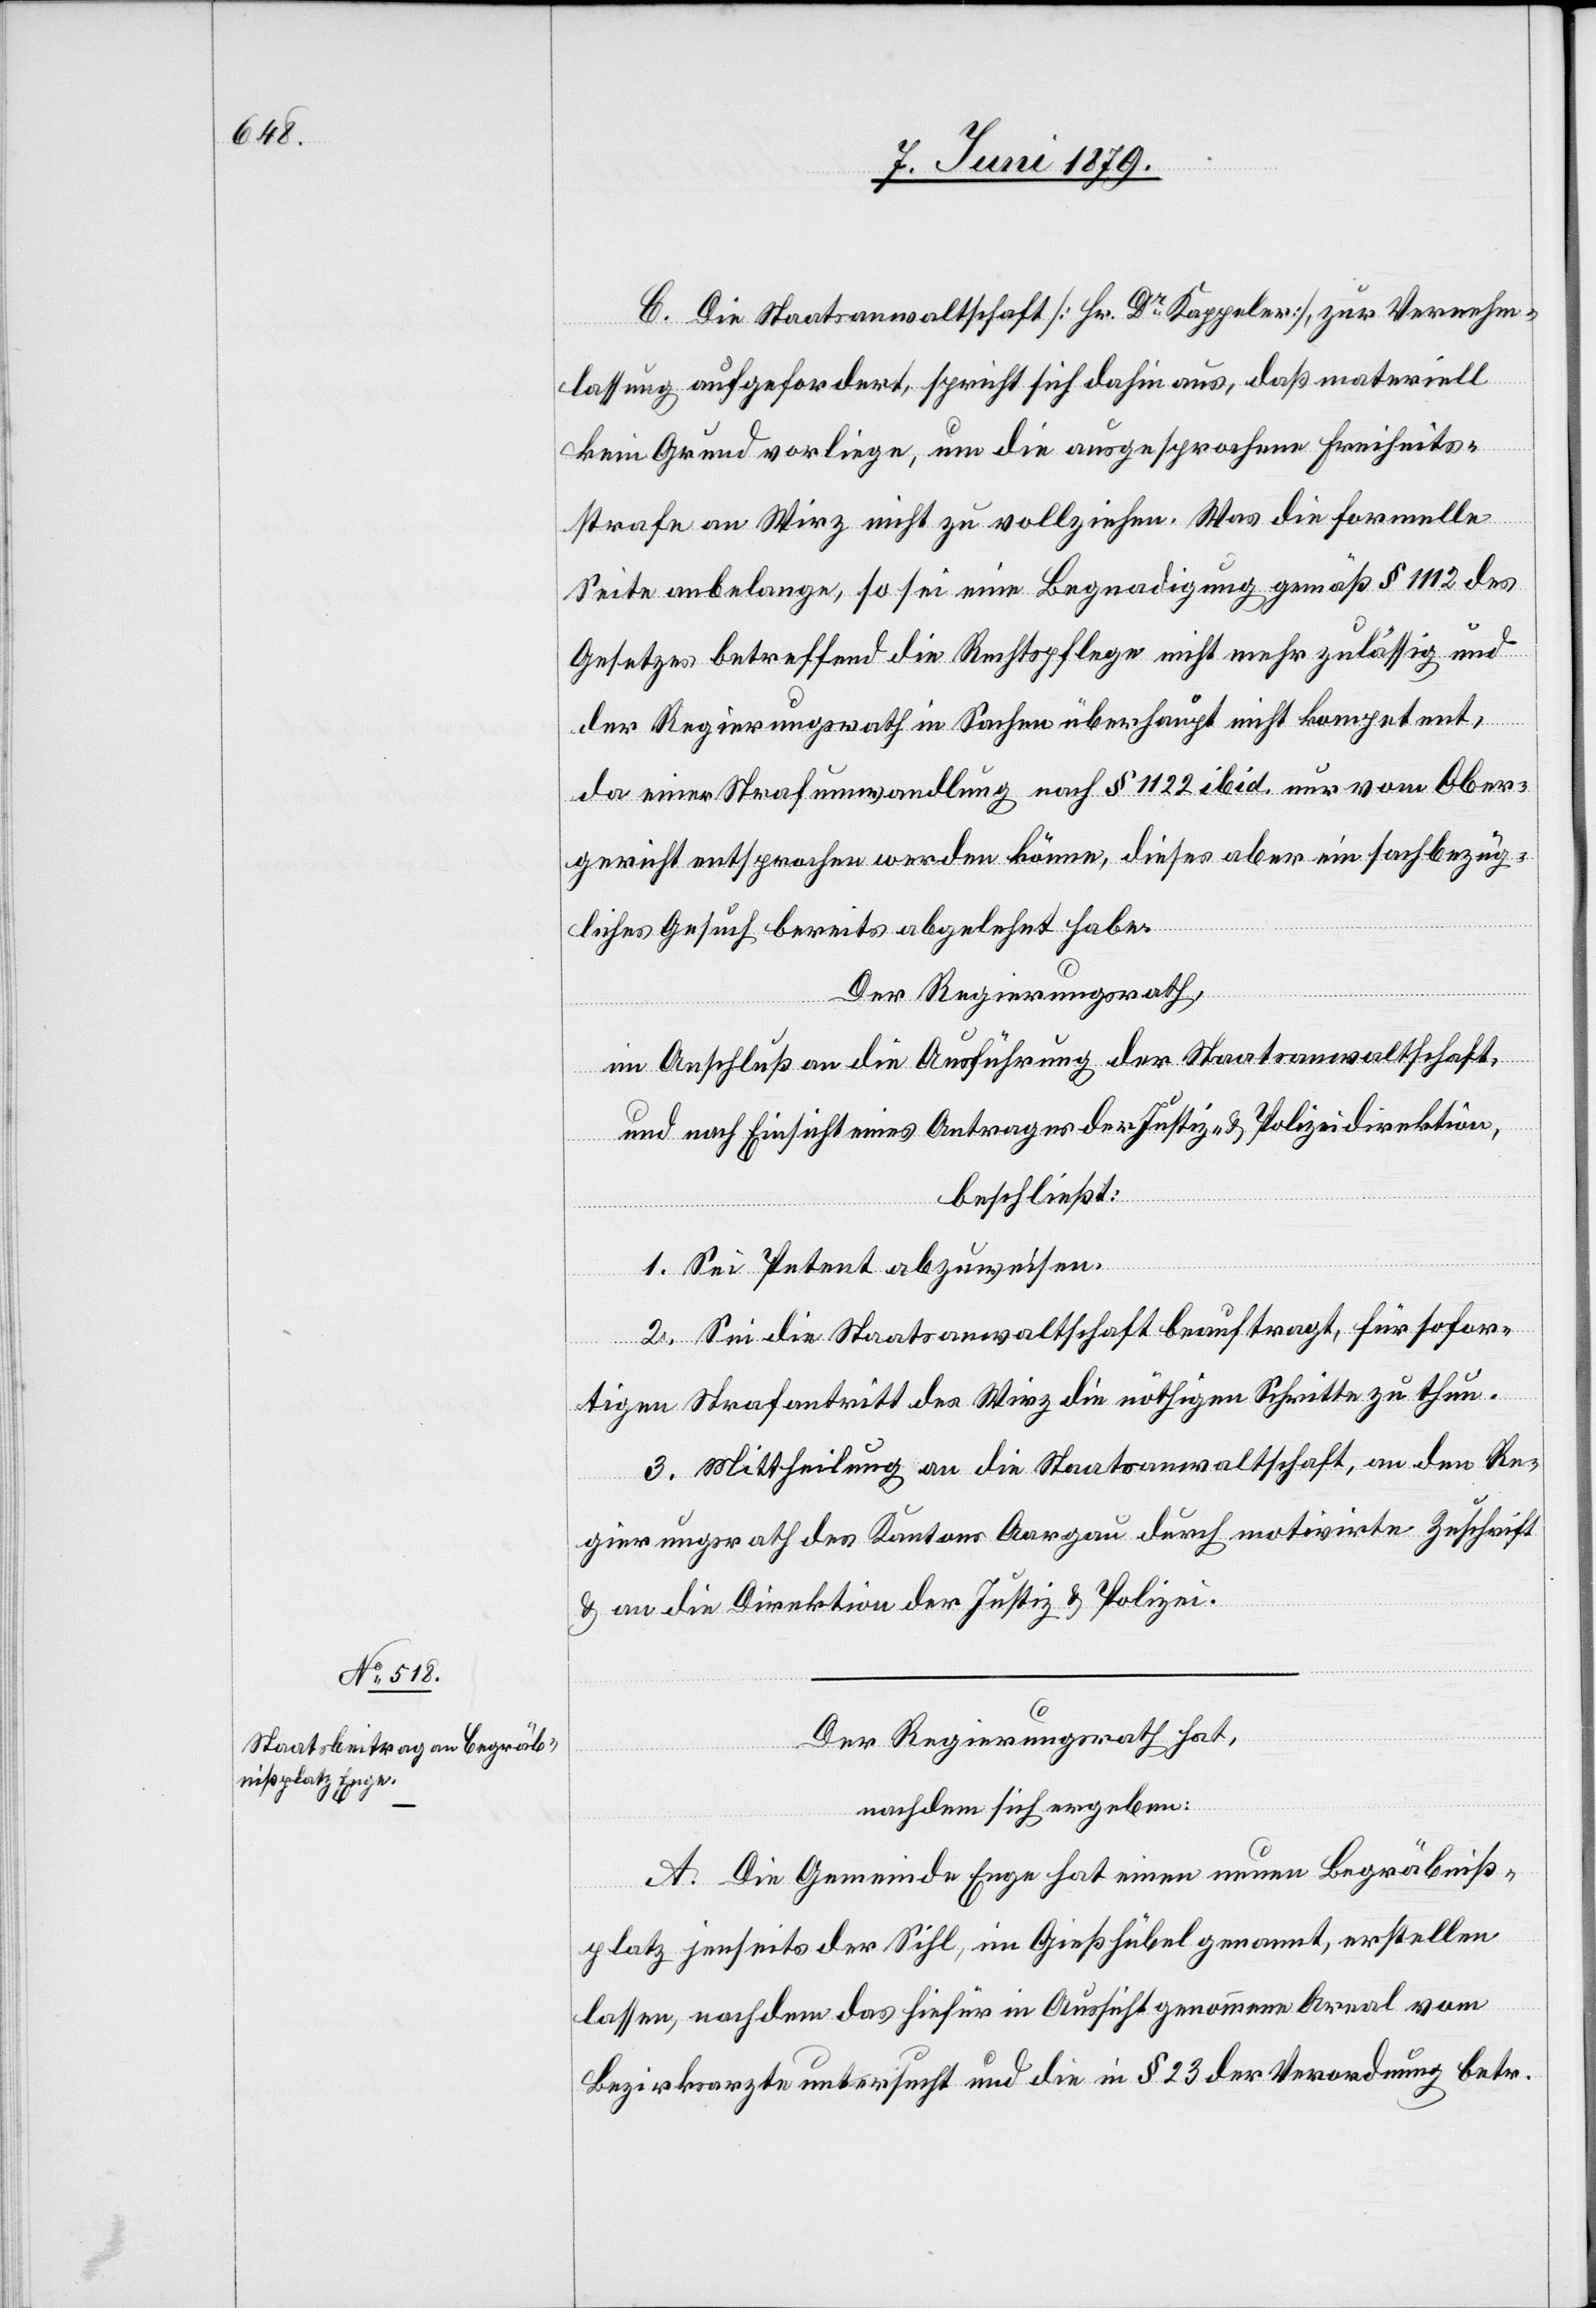
C. Die Staatsanwaltschaft [Hr. Dr Kappeler], zur Vernehm¬
lassung aufgefordert, spricht sich dahin aus, daß materiell
kein Grund vorliege, um die ausgesprochene Freiheits¬
strafe an Wirz nicht zu vollziehen. Was die formelle
Seite anbelange, so sei eine Begnadigung gemäß § 1112 des
Gesetzes betreffend die Rechtspflege nicht mehr zulässig und
der Regierungsrath in Sachen überhaupt nicht kompetent,
da einer Strafumwandlung nach § 1122 ibid. nur vom Ober¬
gericht entsprochen werden könne, dieses aber ein sachbezüg¬
liches Gesuch bereits abgelehnt habe.
Der Regierungsrath,
im Anschluß an die Ausführung der Staatsanwaltschaft,
und nach Einsicht eines Antrages der Justiz- & Polizeidirektion,
beschließt:
1. Sei Petent abzuweisen.
2. Sei die Staatsanwaltschaft beauftragt, für sofor¬
tigen Strafantritt des Wirz die nöthigen Schritte zu thun.
3. Mittheilung an die Staatsanwaltschaft, an den Re¬
gierungsrath des Kantons Aargau durch motivirte Zuschrift
& an die Direktion der Justiz & Polizei.
Der Regierungsrath hat,
nachdem sich ergeben:
A. Die Gemeinde Enge hat einen neuen Begräbniß¬
platz jenseits der Sihl, im Gießhübel genannt, erstellen
lassen, nachdem das hiefür in Aussicht genommene Areal vom
Bezirksarzte untersucht und die in § 23 der Verordnung betr.